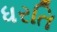
ધરતિ